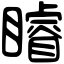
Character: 𥌑